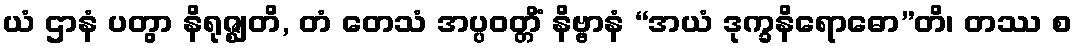
ယံ ဌာနံ ပတွာ နိရုဇ္ဈတိ, တံ တေသံ အပ္ပဝတ္တိံ နိဗ္ဗာနံ “အယံ ဒုက္ခနိရောဓော”တိ၊ တဿ စ